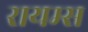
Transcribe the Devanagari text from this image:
रायम्स